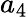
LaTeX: a_{4}